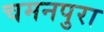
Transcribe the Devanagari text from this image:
चमनपुरा